Report on plague in the Punjab from October 1st ... to September 30th ..., being the ... season of plague in the province
Disease focus: Plague
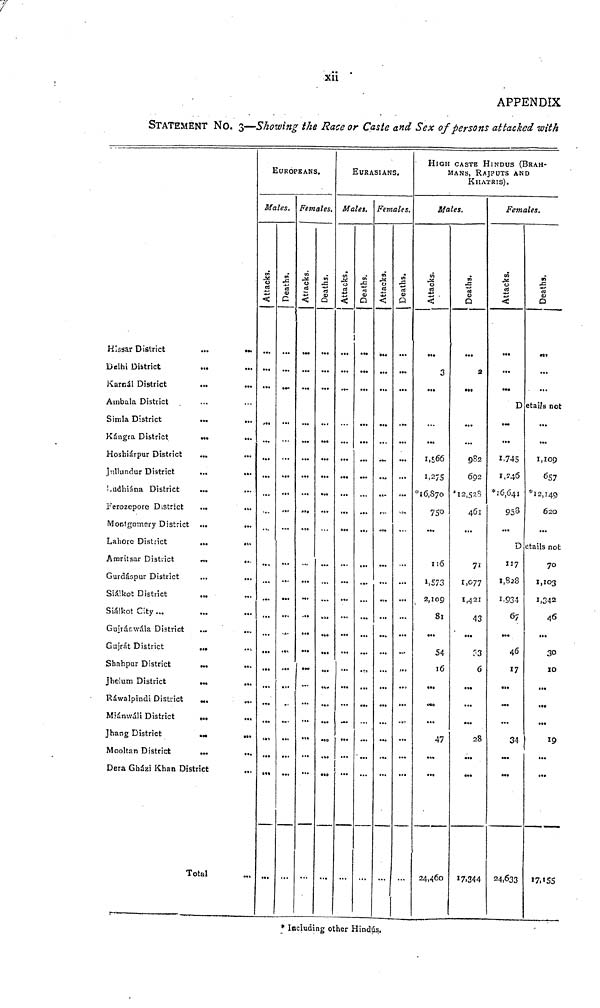
xii
APPENDIX
STATEMENT NO. 3—Showing the Race or Caste and Sex of persons attacked with
Hissar District
Delhi District
Karcál District
Ambala District .
Simla District
Kángra District
Hoshiárpur District
Jullundur District
S.udhiána District
Ferozepore District
Montgomery Distric
Lahore District
Amritsar District
Gurdácpur District
Siálkot District
Siálkot City ...
Guîranwâla District
Gujrát District
Shahpur District
jhelum District
Rawalpindi District
M.'ánwáli District
Jhang District
Mooltan District
Dera Gházi Khan I
...
...
...
...
...
...
...
...
...
...
...
...
...
...
...
...
...
...
district
Total
...
...
».
...
...
...
...
...
...
...
...
..V
...
...
EUROP
Males.
Attacks.
BANS.
Females.
Atlacks.
EURA
Males.
Attacks.
(
...
SIANS.
Females.
Deacks.
HIGH CASTE H
MANS, RA
KHA
Males.
Attacks.
3
2
...
...
1,566
982
1,275
602
* 16,870 *12,523
750
461
116
71
1,573
1,077
2,109
1,421
81
43
...
54
33
16
6°O
3
...
...
47
28
...
24,460 17,344
H1NDUS (BRAH-
JPUTS AND
TRIS).
Females.
Attacks.
...
«»
...
•••
...
D etaiis not
...
...
1,745
1,109
1,246
657
*16,641 *I2,149
958
620
D etails not
117
70
1,828
1,103
1,934
1,342
67
4 6
...
46
30
17
10
...
34
19
...
24,633 17,155
* Incîuding other Hindus.